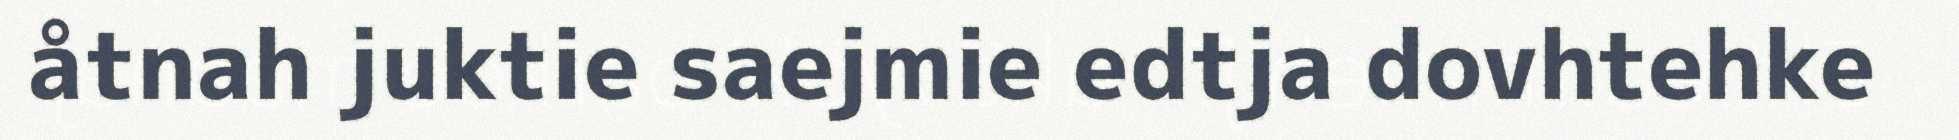
åtnah juktie saejmie edtja dovhtehke